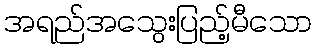
အရည်အသွေးပြည့်မီသော